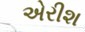
એરીશ